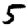
Digit: 5